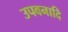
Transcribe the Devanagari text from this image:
उपवनादि